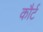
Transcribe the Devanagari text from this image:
कौर्ट